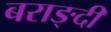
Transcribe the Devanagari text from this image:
बराङ्दी